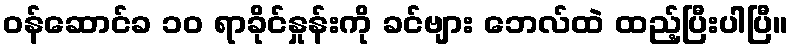
ဝန်ဆောင်ခ ၁၀ ရာခိုင်နှုန်းကို ခင်ဗျား ဘေလ်ထဲ ထည့်ပြီးပါပြီ။